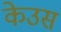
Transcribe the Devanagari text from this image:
केउस